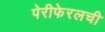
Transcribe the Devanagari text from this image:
पेरीफेरलची